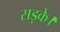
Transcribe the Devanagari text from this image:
सड़के।